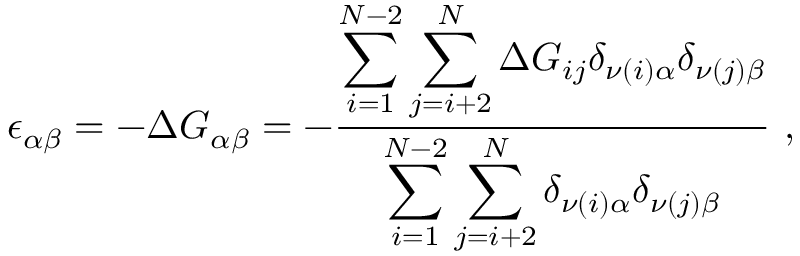
\epsilon _ { \alpha \beta } = - \Delta G _ { \alpha \beta } = - \frac { \displaystyle \sum _ { i = 1 } ^ { N - 2 } \sum _ { j = i + 2 } ^ { N } \Delta G _ { i j } \delta _ { \nu ( i ) \alpha } \delta _ { \nu ( j ) \beta } } { \displaystyle \sum _ { i = 1 } ^ { N - 2 } \sum _ { j = i + 2 } ^ { N } \delta _ { \nu ( i ) \alpha } \delta _ { \nu ( j ) \beta } } ~ ,